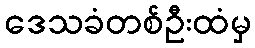
ဒေသခံတစ်ဦးထံမှ